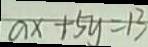
a x + 5 y = 1 3